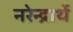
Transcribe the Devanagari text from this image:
नरेन्द्रार्थे